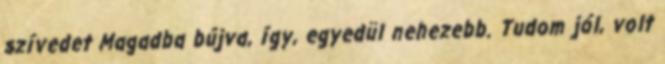
szívedet Magadba bújva, így, egyedül nehezebb. Tudom jól, volt